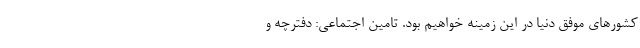
کشورهای موفق دنیا در این زمینه خواهیم بود. تامین اجتماعی: دفترچه و